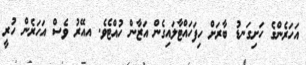
އަހަރެންގެ ހަށިގަނޑު ބާރަށް ހިފަހައްޓާލައިގެން އަޒާން ހުއްޓެވެ. އއޭރު ވެސް އަހަރެން ހުރީ